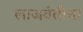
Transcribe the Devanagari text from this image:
लाजवंतीचा